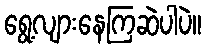
ရွေ့လျားနေကြဆဲပါပဲ။